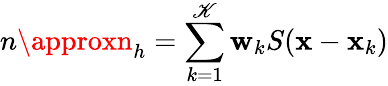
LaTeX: n\approxn_{h}=\sum_{k=1}^{\mathscr{K}}\mathbf{w}_{k}S({\mathbf{x}}-{\mathbf{x}}_{k})